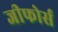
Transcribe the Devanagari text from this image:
जीफोर्स